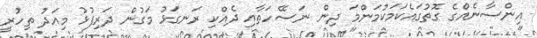
އިންސާނެއްގެ ގޮތުގައެކަމަކުމަންމަ ދިން ނަސޭހަތާާއި ދެއްކި ރަަނގަޅު މަގުން ދަރިފުޅު މިއަދު ތިހުރީ